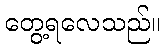
တွေ့ရလေသည်။